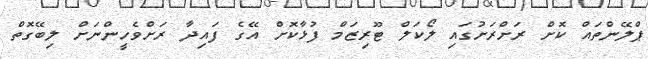
ޕްލޭންތައް ކޮށް ރަށްރަށުގައި ލޯކަލް ޓޫރިޒަމް ފުޅާކޮށް އޭގެ ފައިދާ ރަށްވެހީންނަށް ލިބޭގޮތް